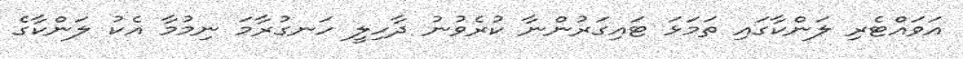
އަވައްޓެރި ލަންކާގައި ތަމަޅަ ޓައިގަރުންނާ ކުރެވުނު ދާހިލީ ހަނގުރާމަ ނިމުމާ އެކު ލަންކާގެ